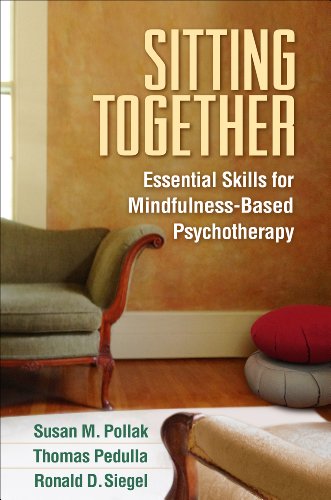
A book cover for Sitting Together: Essential Skills for Mindfulness-Based Psychotherapy; Susan M. Pollak EdD; Medical Books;